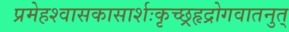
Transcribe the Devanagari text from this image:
प्रमेहश्वासकासार्शःकृच्छ्रहृद्रोगवातनुत्